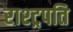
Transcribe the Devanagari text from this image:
राश्ट्रपति